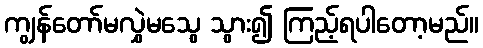
ကျွန်တော်မလွှဲမသွေ သွား၍ ကြည့်ရပါတော့မည်။